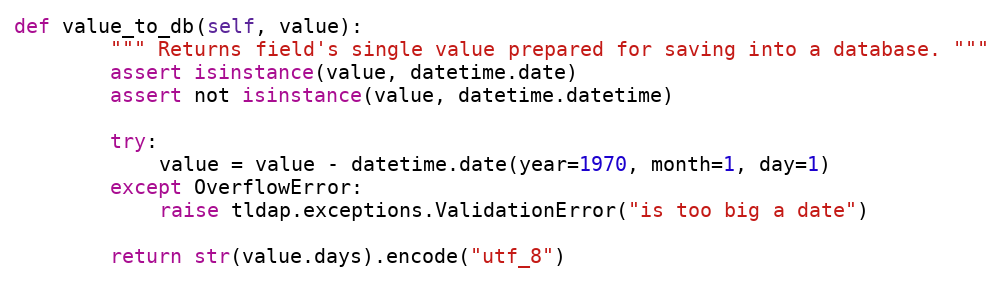
Language: Python
def value_to_db(self, value):
        """ Returns field's single value prepared for saving into a database. """
        assert isinstance(value, datetime.date)
        assert not isinstance(value, datetime.datetime)

        try:
            value = value - datetime.date(year=1970, month=1, day=1)
        except OverflowError:
            raise tldap.exceptions.ValidationError("is too big a date")

        return str(value.days).encode("utf_8")